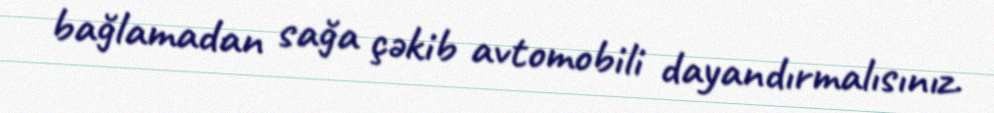
bağlamadan sağa çəkib avtomobili dayandırmalısınız.